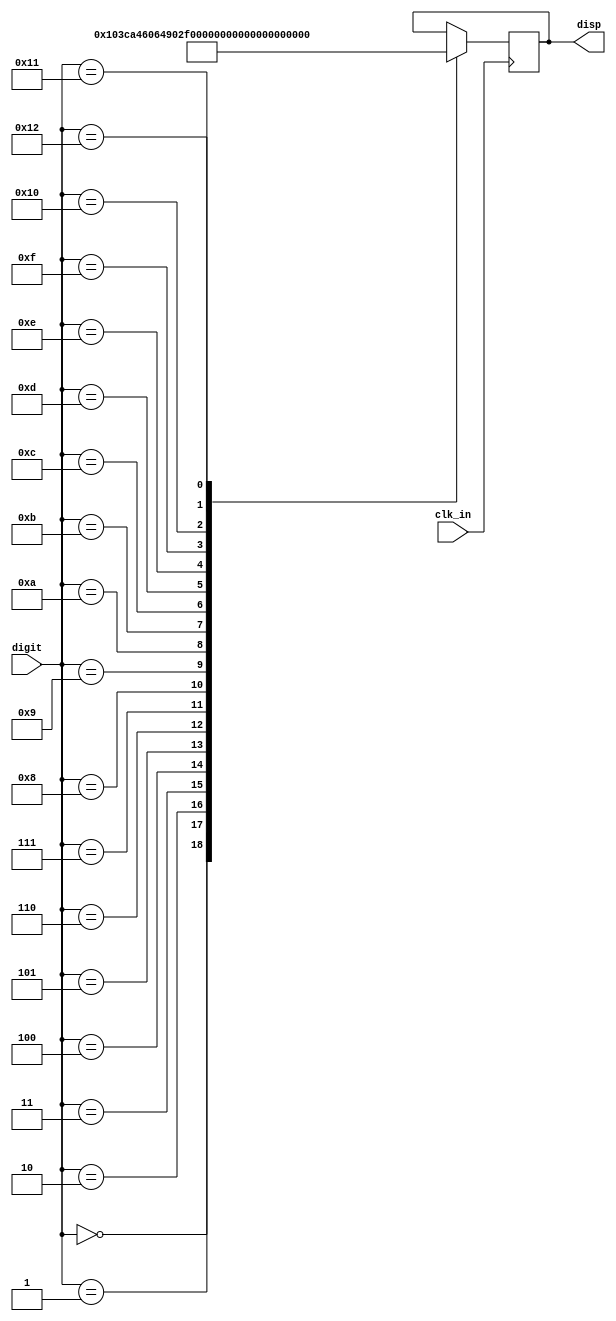
`timescale 1ns / 1ps

module seven_seg_decoder(
    input [4:0] digit,
    input clk_in,
    output reg [6:0] disp
    );
    always @(posedge clk_in) begin
        case (digit)
            0: //0 or O
            disp = 7'b1000000;
            1: //1
            disp = 7'b1111001;
            2: //2
            disp = 7'b0100100;
            3: //3
            disp = 7'b0110000;
            4: //4
            disp = 7'b0011001;
            5: //5
            disp = 7'b0010010;
            6: //6
            disp = 7'b0000010;
            7: //7
            disp = 7'b1111000;
            8: //8
            disp = 7'b0000000;
            9: //9
            disp = 7'b0010000;
            
            10: //two lines (||)
            disp = 7'b1001001;
            
            11: //A
            disp = 7'b0001000;
            12: //B
            disp = 7'b0000011; 
            13: //C
            disp = 7'b1000110;
            14: //D
            disp = 7'b0100001;
            15: //E
            disp = 7'b0000110;
            16: //F
            disp = 7'b0001110;
            17: //G
            disp = 7'b1000010;
            
            18: //blank
            disp = 7'b1111111;
            
        endcase
    end
endmodule